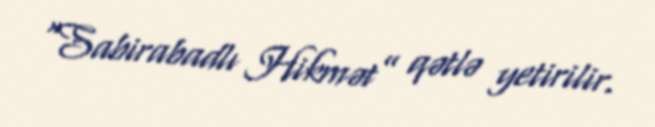
“Sabirabadlı Hikmət” qətlə yetirilir.